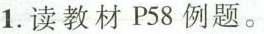
1.读教材P58列题。